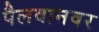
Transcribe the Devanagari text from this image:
पैलवानवर